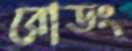
রোডং